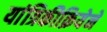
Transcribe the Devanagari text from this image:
यांत्रिकीक्रियेने